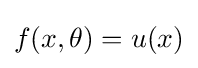
f(x,\theta )=u(x)